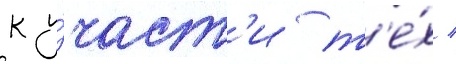
к у́част'и т'е́х /